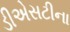
ડીએસટીના